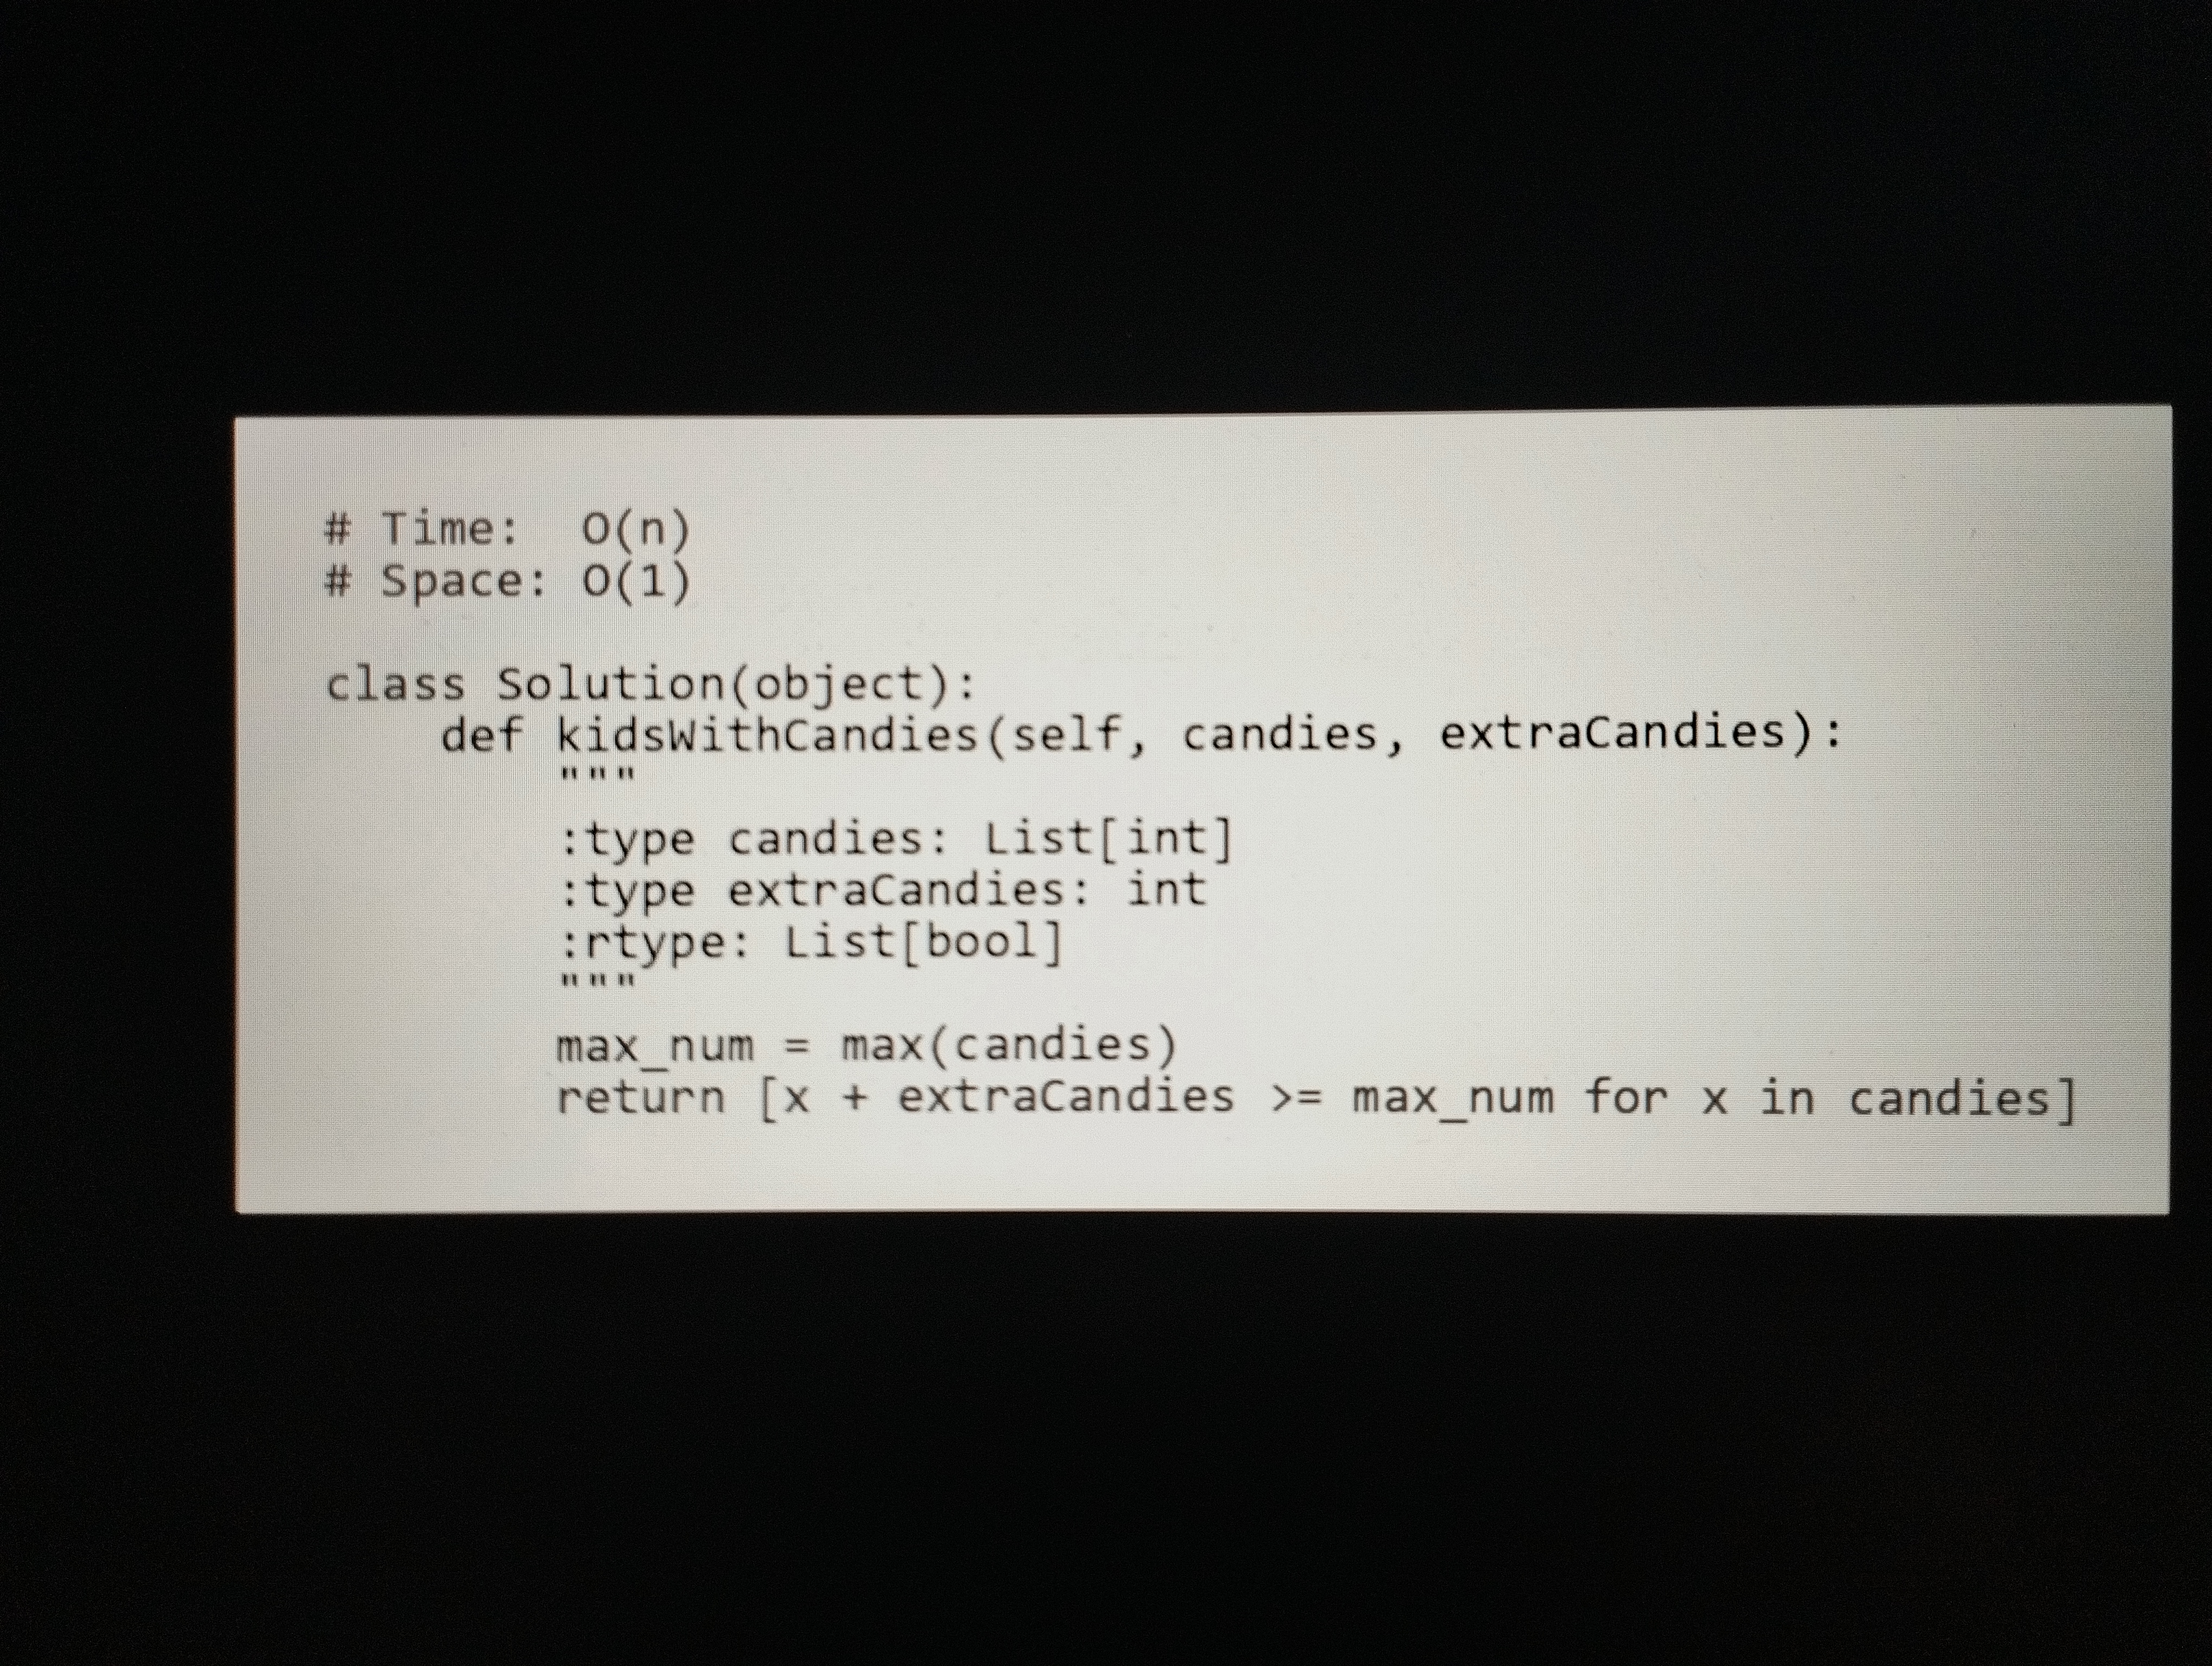
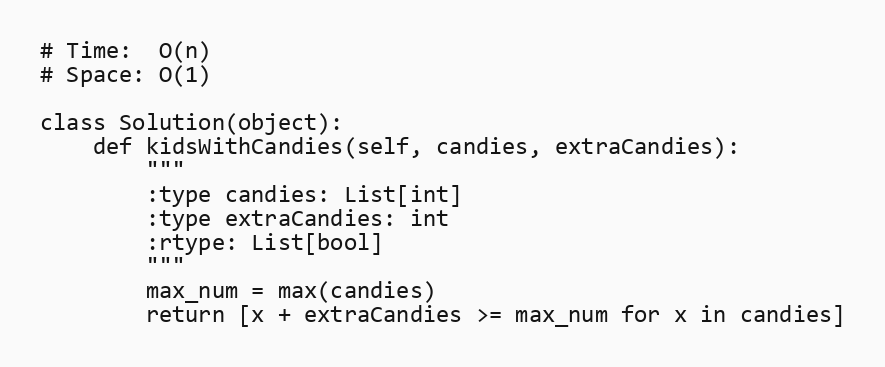
# Time:  O(n)
# Space: O(1)

class Solution(object):
    def kidsWithCandies(self, candies, extraCandies):
        """
        :type candies: List[int]
        :type extraCandies: int
        :rtype: List[bool]
        """
        max_num = max(candies)
        return [x + extraCandies >= max_num for x in candies]